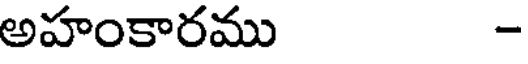
అహంకారము -